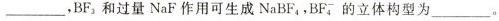
___，BF_{3}和过量NaF作用可生成NaBF_{4}，BF^{-}_{4}，的立体构型为___。